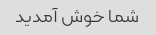
شما خوش آمدید